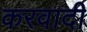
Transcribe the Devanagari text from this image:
करवादी